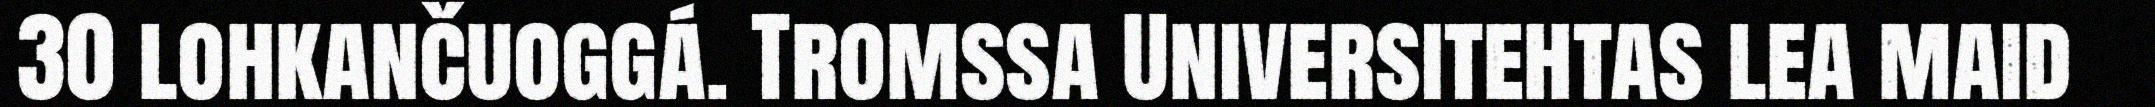
30 lohkančuoggá. Tromssa Universitehtas lea maid